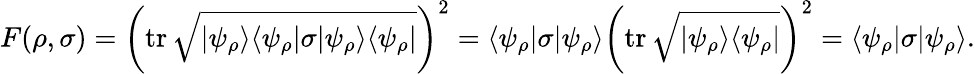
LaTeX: F(\rho,\sigma)=\left(\operatorname{tr}{\sqrt{|\psi_{\rho}\rangle\langle\psi_{\rho}|\sigma|\psi_{\rho}\rangle\langle\psi_{\rho}|}}\right)^{2}=\langle\psi_{\rho}|\sigma|\psi_{\rho}\rangle\left(\operatorname{tr}{\sqrt{|\psi_{\rho}\rangle\langle\psi_{\rho}|}}\right)^{2}=\langle\psi_{\rho}|\sigma|\psi_{\rho}\rangle.